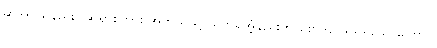
ဆိုအပ်သနည်း။ ဆရာစကား အဘယ်သို့ ယုတ္တိရှိအံ့နည်းဟု စောဒနာဖွယ်ရှိသောကြောင့်